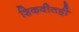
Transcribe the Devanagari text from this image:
शिकवीतही